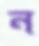
ন